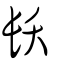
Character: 镺